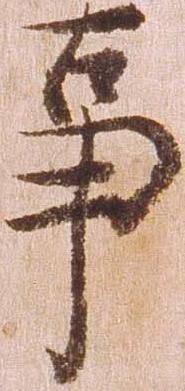
事